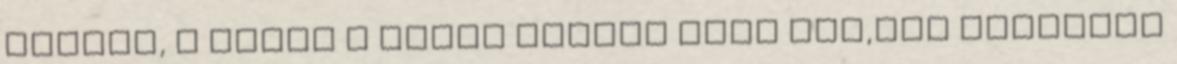
gőggel, s éppen a terem közepe felé jár,már elhagyta